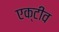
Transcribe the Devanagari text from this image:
एक्टीव